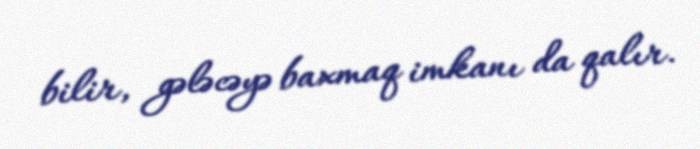
bilir, gələcəyə baxmaq imkanı da qalır.